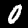
Digit: 0